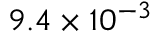
9 . 4 \times 1 0 ^ { - 3 }